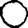
Digit: 0